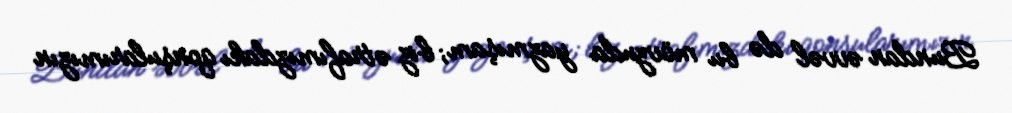
Bundan əvvəl də bu mövzuda yazmışam; biz ətrafımızdakı qonşularımızın